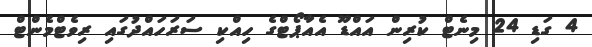
4 ގަޑި 24 މިނެޓް ކުރިން އައްޑޫ އެއާޕޯޓްގެ ހިއްކި ސަރަހައްދުގައި ރިވެޓްމެންޓް